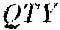
QTY